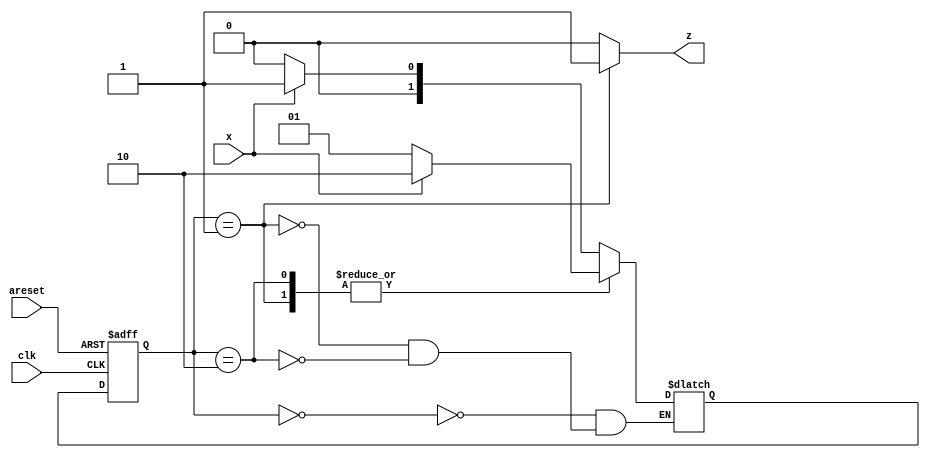
/*
You are to design a one-input one-output serial 2's complementer
Moore state machine. The input (x) is a series of bits
(one per clock cycle) beginning with the least-significant
bit of the number, and the output (Z) is the 2's complement
of the input. The machine will accept input numbers of arbitrary
length. The circuit requires an asynchronous reset.
The conversion begins when Reset is released and stops when
Reset is asserted.
*/

module top_module (
    input clk,
    input areset,
    input x,
    output z
); 
    
    parameter A=0, B=1, C=2;
    reg [1:0] state, next;
    
    always @ (*) begin
        case (state)
            A: next = x ? B : A;
            B: next = x ? C : B;
            C: next = x ? C : B;
        endcase
    end
    
    always @ (posedge clk or posedge areset) begin
        if (areset) state <= A;
        else state <= next;
    end
    
    assign z = (state == B) ? 1 : 0;

endmodule